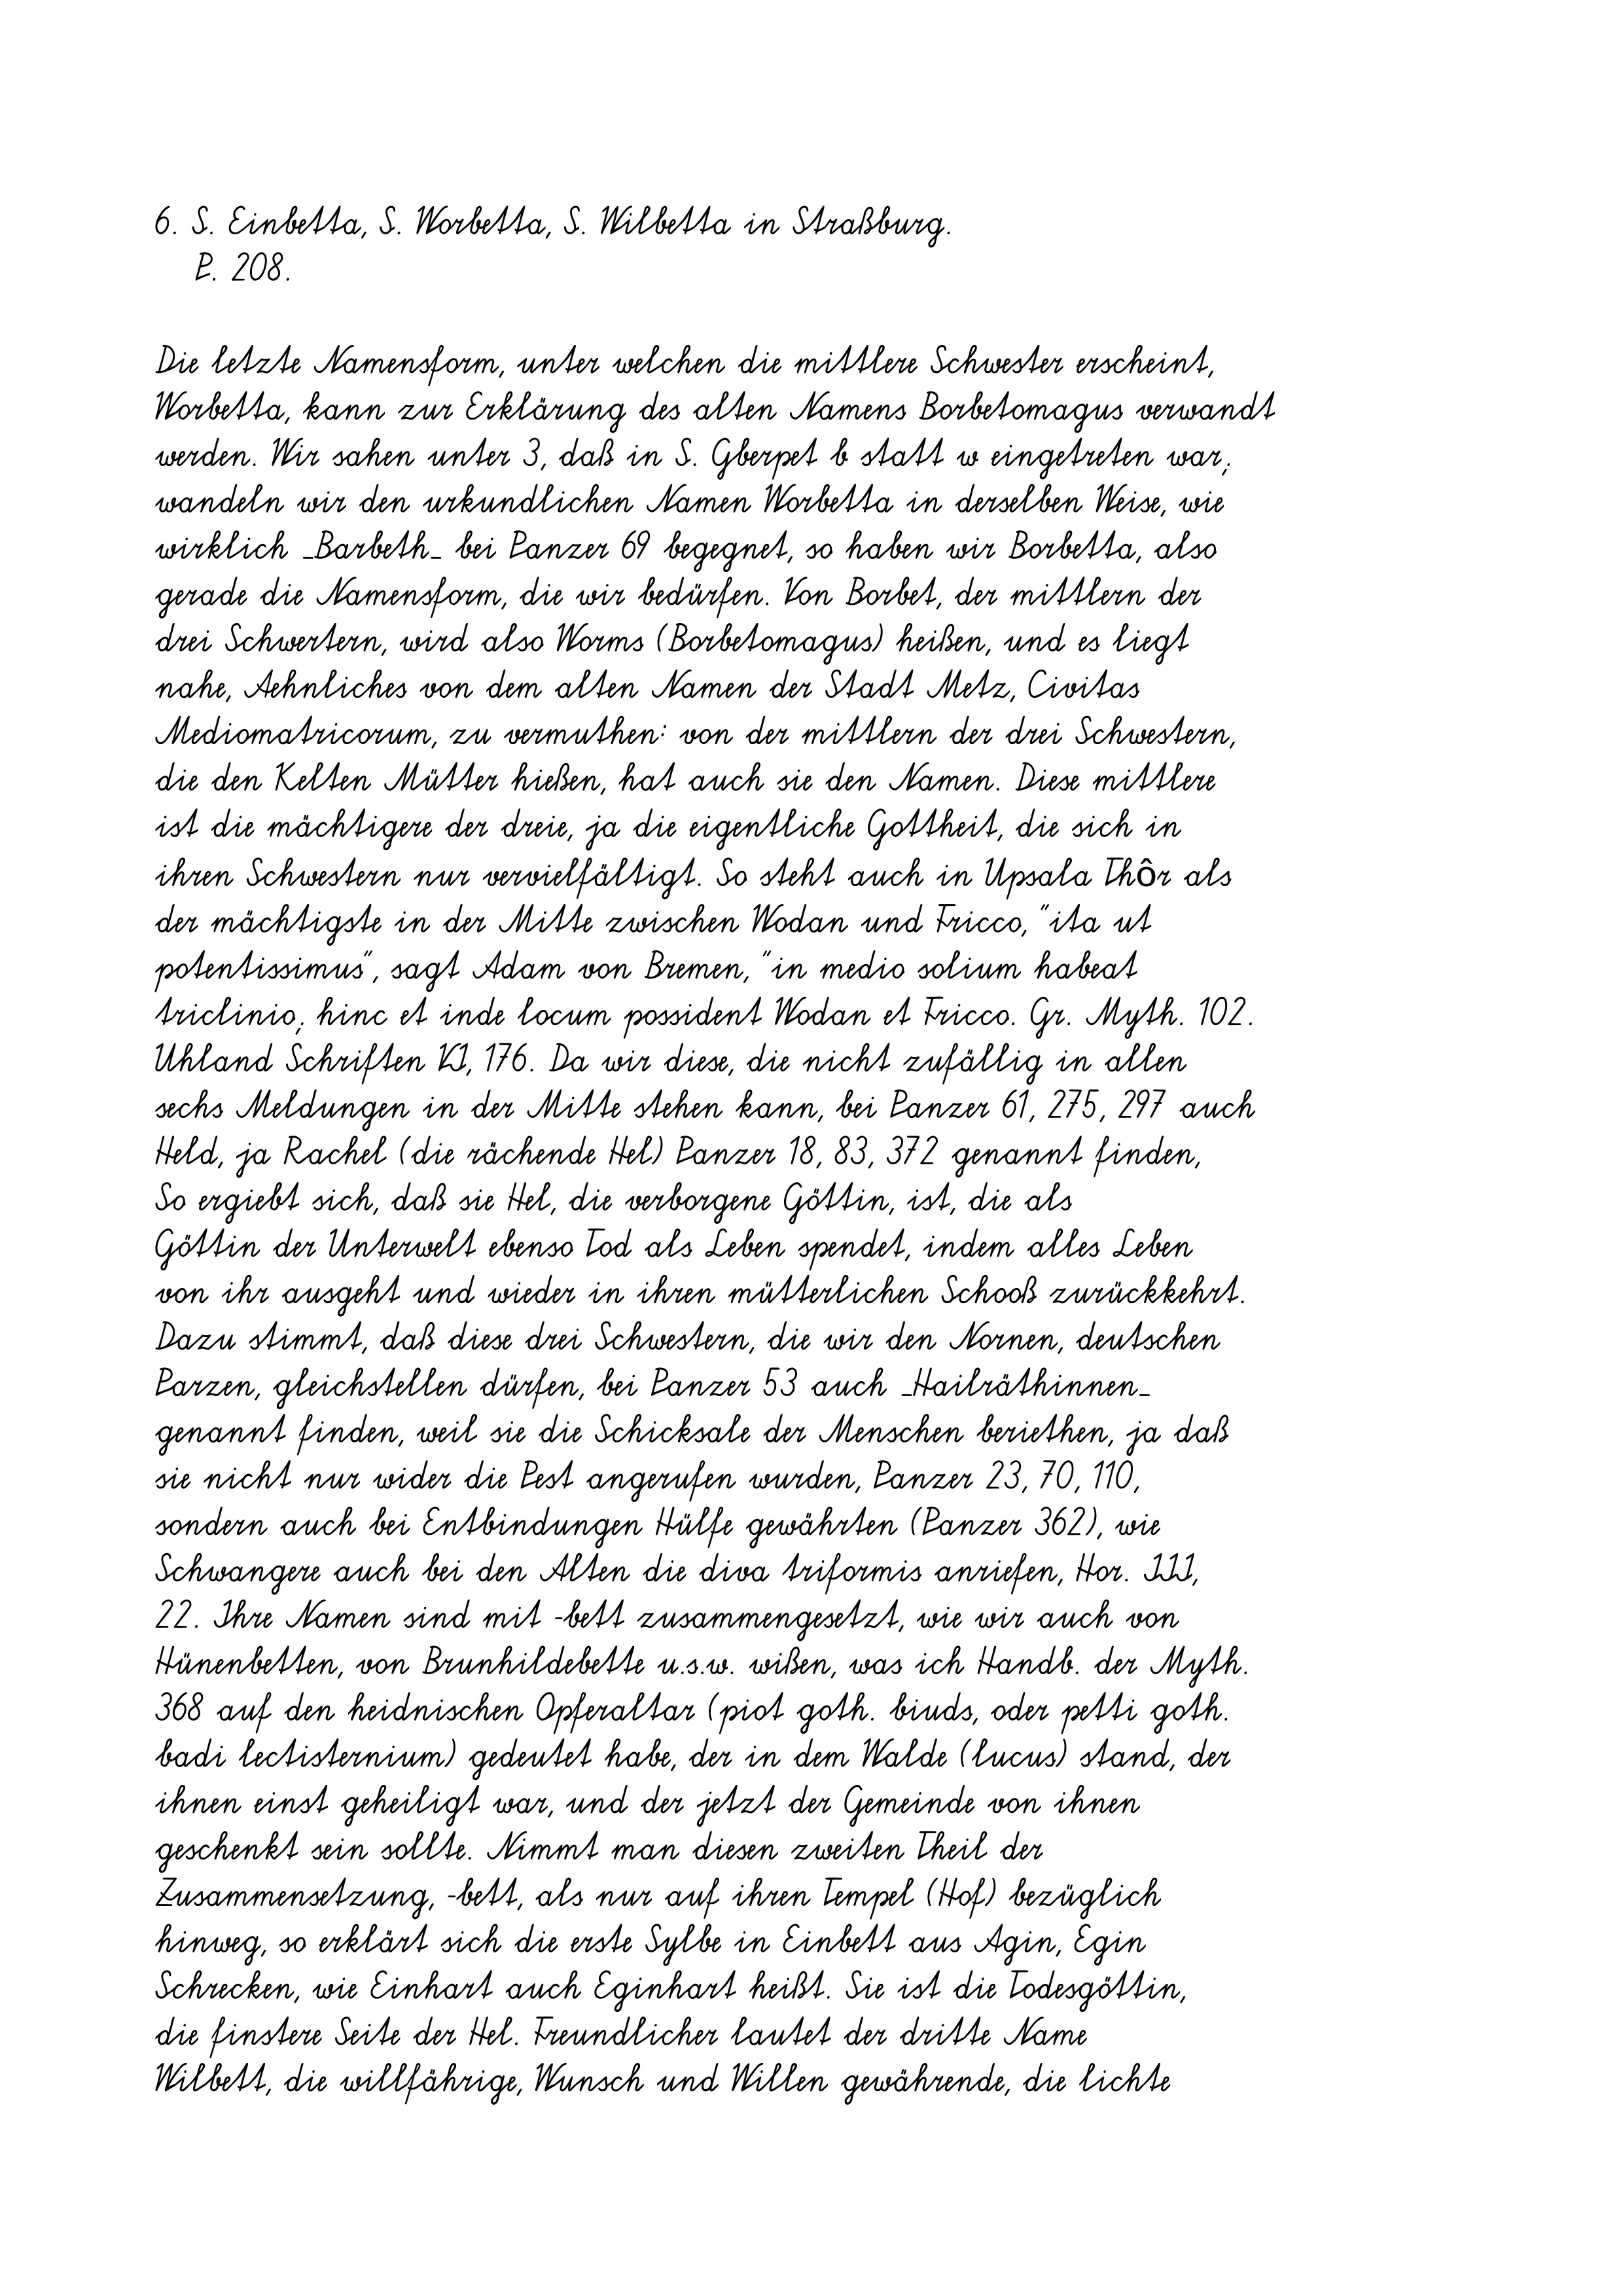
6. S. Einbetta, S. Worbetta, S. Wilbetta in Straßburg.
P. 208.
Die letzte Namensform, unter welchen die mittlere Schwester erscheint,
Worbetta, kann zur Erklärung des alten Namens Borbetomagus verwandt
werden. Wir sahen unter 3, daß in S. Gberpet b statt w eingetreten war;
wandeln wir den urkundlichen Namen Worbetta in derselben Weise, wie
wirklich _Barbeth_ bei Panzer 69 begegnet, so haben wir Borbetta, also
gerade die Namensform, die wir bedürfen. Von Borbet, der mittlern der
drei Schwertern, wird also Worms (Borbetomagus) heißen, und es liegt
nahe, Aehnliches von dem alten Namen der Stadt Metz, Civitas
Mediomatricorum, zu vermuthen: von der mittlern der drei Schwestern,
die den Kelten Mütter hießen, hat auch sie den Namen. Diese mittlere
ist die mächtigere der dreie, ja die eigentliche Gottheit, die sich in
ihren Schwestern nur vervielfältigt. So steht auch in Upsala Thôr als
der mächtigste in der Mitte zwischen Wodan und Fricco, "ita ut
potentissimus", sagt Adam von Bremen, "in medio solium habeat
triclinio; hinc et inde locum possident Wodan et Fricco. Gr. Myth. 102.
Uhland Schriften VI, 176. Da wir diese, die nicht zufällig in allen
sechs Meldungen in der Mitte stehen kann, bei Panzer 61, 275, 297 auch
Held, ja Rachel (die rächende Hel) Panzer 18, 83, 372 genannt finden,
So ergiebt sich, daß sie Hel, die verborgene Göttin, ist, die als
Göttin der Unterwelt ebenso Tod als Leben spendet, indem alles Leben
von ihr ausgeht und wieder in ihren mütterlichen Schooß zurückkehrt.
Dazu stimmt, daß diese drei Schwestern, die wir den Nornen, deutschen
Parzen, gleichstellen dürfen, bei Panzer 53 auch _Hailräthinnen_
genannt finden, weil sie die Schicksale der Menschen beriethen, ja daß
sie nicht nur wider die Pest angerufen wurden, Panzer 23, 70, 110,
sondern auch bei Entbindungen Hülfe gewährten (Panzer 362), wie
Schwangere auch bei den Alten die diva triformis anriefen, Hor. III,
22. Ihre Namen sind mit -bett zusammengesetzt, wie wir auch von
Hünenbetten, von Brunhildebette u.s.w. wißen, was ich Handb. der Myth.
368 auf den heidnischen Opferaltar (piot goth. biuds, oder petti goth.
badi lectisternium) gedeutet habe, der in dem Walde (lucus) stand, der
ihnen einst geheiligt war, und der jetzt der Gemeinde von ihnen
geschenkt sein sollte. Nimmt man diesen zweiten Theil der
Zusammensetzung, -bett, als nur auf ihren Tempel (Hof) bezüglich
hinweg, so erklärt sich die erste Sylbe in Einbett aus Agin, Egin
Schrecken, wie Einhart auch Eginhart heißt. Sie ist die Todesgöttin,
die finstere Seite der Hel. Freundlicher lautet der dritte Name
Wilbett, die willfährige, Wunsch und Willen gewährende, die lichte